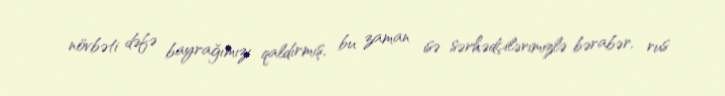
növbəti dəfə bayrağımızı qaldırmış, bu zaman isə sərhədçilərimizlə bərabər, rus